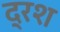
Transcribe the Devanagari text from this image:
द्रश